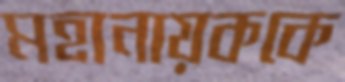
মহানায়ককে